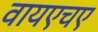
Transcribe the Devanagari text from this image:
वायएचए